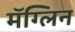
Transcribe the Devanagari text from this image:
मॅग्लिन